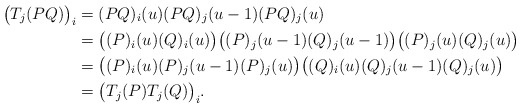
\begin{align*}\big(T_j(PQ)\big)_i & =(PQ)_i(u)(PQ)_j(u-1)(PQ)_j(u)\\&=\big((P)_i(u)(Q)_i(u)\big)\big((P)_j(u-1)(Q)_j(u-1)\big)\big((P)_j(u)(Q)_j(u)\big)\\&=\big((P)_i(u)(P)_j(u-1)(P)_j(u)\big)\big((Q)_i(u)(Q)_j(u-1)(Q)_j(u)\big)\\&=\big(T_j(P)T_j(Q)\big)_i.\end{align*}